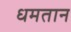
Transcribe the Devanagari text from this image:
धमतान